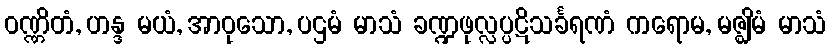
ဝဏ္ဏိတံ, ဟန္ဒ မယံ, အာဝုသော, ပဌမံ မာသံ ခဏ္ဍဖုလ္လပ္ပဋိသင်္ခရဏံ ကရောမ, မဇ္ဈိမံ မာသံ